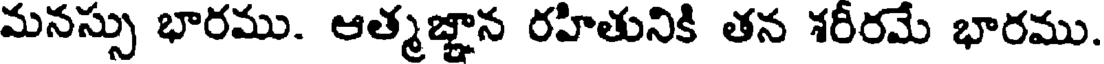
మనస్సు భారము. ఆత్మజ్ఞాన రహితునికి తన శరీరమే భారము.